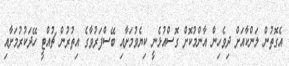
އެގޮތުން ލަންކާއަށް ދިވެހިން އާންމުކޮށް ގޮސްއުޅެނީ ކިޔެވުމަށާއި ބޭސްފަރުވާގެ އިތުރުން ޗުއްޓީ ހޭދަކުރުމަށާއި